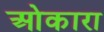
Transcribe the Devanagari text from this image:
ओकारा